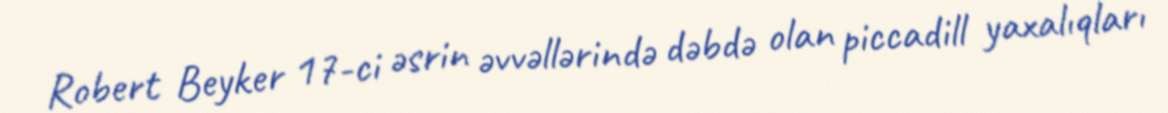
Robert Beyker 17-ci əsrin əvvəllərində dəbdə olan piccadill yaxalıqları